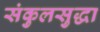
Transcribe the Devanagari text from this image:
संकुलसुद्धा